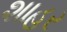
શાહર